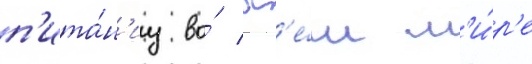
п'ита́н'иу во́ вс'е́м м'и́р'е